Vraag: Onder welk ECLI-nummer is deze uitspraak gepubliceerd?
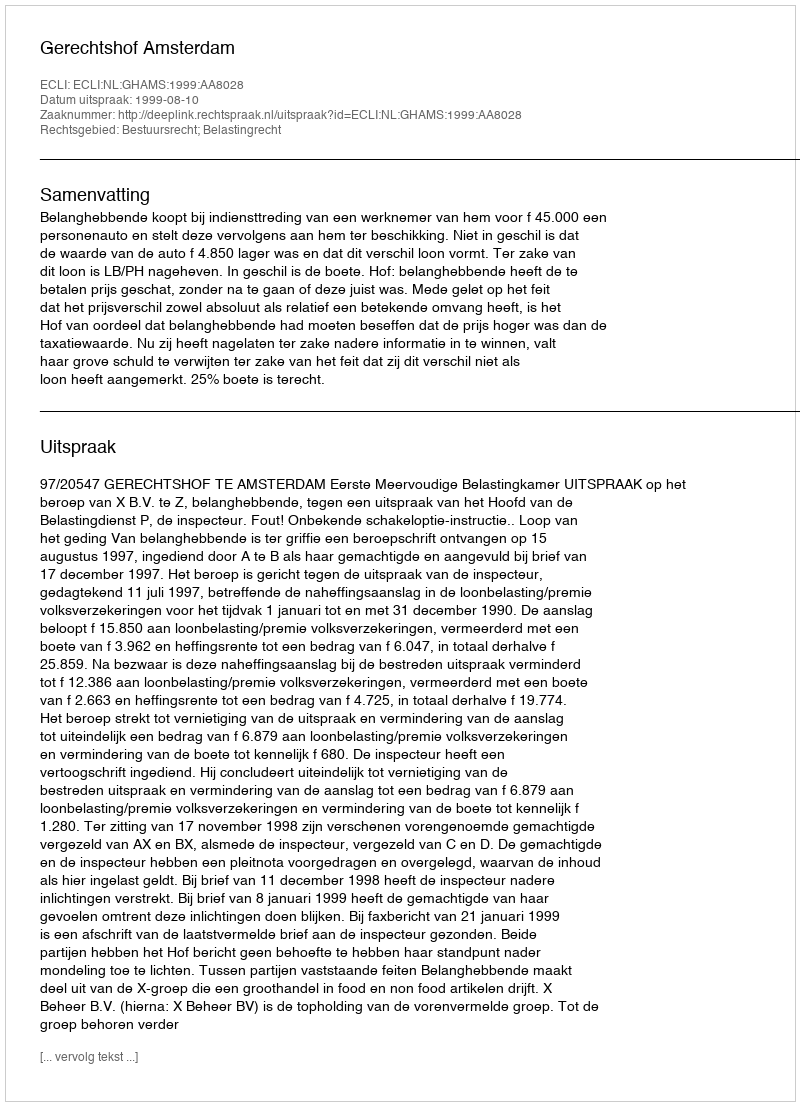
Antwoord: ECLI:NL:GHAMS:1999:AA8028